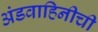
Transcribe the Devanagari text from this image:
अंडवाहिनीची